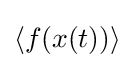
\langle f(x(t))\rangle